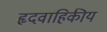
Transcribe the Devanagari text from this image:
हृदवाहिकीय